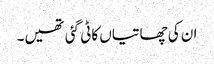
ان کی چھاتیاں کاٹی گئی تھیں۔